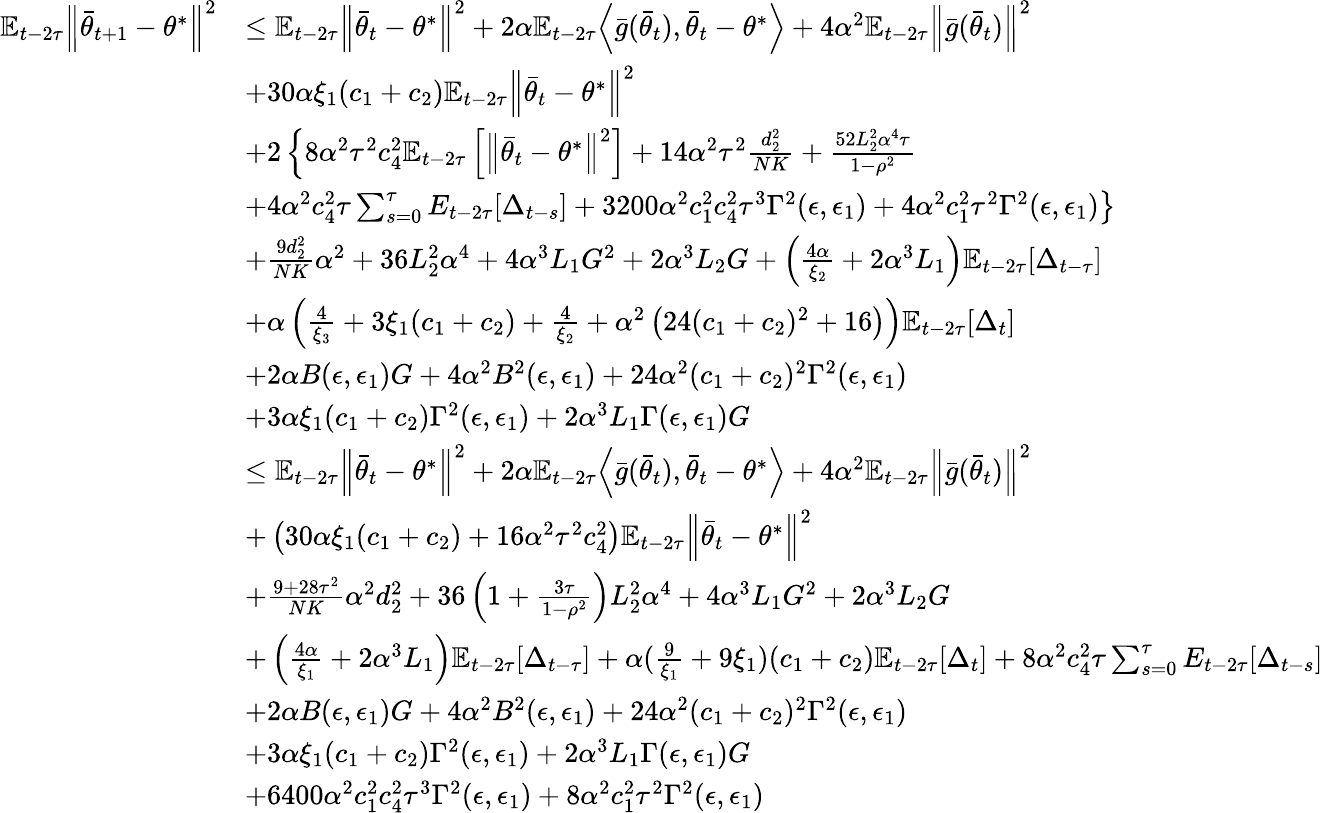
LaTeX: \begin{array}{rl}{\mathbb{E}_{t-2\tau}\Big\lVert\bar{\theta}_{t+1}-\theta^{*}\Big\rVert^{2}}&{\le\mathbb{E}_{t-2\tau}\Big\lVert\bar{\theta}_{t}-\theta^{*}\Big\rVert^{2}+2\alpha\mathbb{E}_{t-2\tau}\Big\langle\bar{g}(\bar{\theta}_{t}),\bar{\theta}_{t}-\theta^{*}\Big\rangle+4\alpha^{2}\mathbb{E}_{t-2\tau}\Big\lVert\bar{g}(\bar{\theta}_{t})\Big\rVert^{2}}\\ &{+30\alpha\xi_{1}(c_{1}+c_{2})\mathbb{E}_{t-2\tau}\Big\lVert\bar{\theta}_{t}-\theta^{*}\Big\rVert^{2}}\\ &{+2\left\{ 8\alpha^{2}\tau^{2}c_{4}^{2}\mathbb{E}_{t-2\tau}\left[\left\| \bar{\theta}_{t}-\theta^{*}\right\| ^{2}\right]+14\alpha^{2}\tau^{2}\frac{d_{2}^{2}}{NK}+\frac{52L_{2}^{2}\alpha^{4}\tau}{1-\rho^{2}}\right.}\\ &{\left.+4\alpha^{2}c_{4}^{2}\tau\sum_{s=0}^{\tau}E_{t-2\tau}[\Delta_{t-s}]+3200\alpha^{2}c_{1}^{2}c_{4}^{2}\tau^{3}\Gamma^{2}(\epsilon,\epsilon_{1})+4\alpha^{2}c_{1}^{2}\tau^{2}\Gamma^{2}(\epsilon,\epsilon_{1})\right\} }\\ &{+\frac{9d_{2}^{2}}{NK}\alpha^{2}+36L_{2}^{2}\alpha^{4}+4\alpha^{3}L_{1}G^{2}+2\alpha^{3}L_{2}G+\left(\frac{4\alpha}{\xi_{2}}+2\alpha^{3}L_{1}\right)\mathbb{E}_{t-2\tau}[\Delta_{t-\tau}]}\\ &{+\alpha\left(\frac{4}{\xi_{3}}+3\xi_{1}(c_{1}+c_{2})+\frac{4}{\xi_{2}}+\alpha^{2}\left(24(c_{1}+c_{2})^{2}+16\right)\right)\mathbb{E}_{t-2\tau}[\Delta_{t}]}\\ &{+2\alpha B(\epsilon,\epsilon_{1})G+4\alpha^{2}B^{2}(\epsilon,\epsilon_{1})+24\alpha^{2}(c_{1}+c_{2})^{2}\Gamma^{2}(\epsilon,\epsilon_{1})}\\ &{+3\alpha\xi_{1}(c_{1}+c_{2})\Gamma^{2}(\epsilon,\epsilon_{1})+2\alpha^{3}L_{1}\Gamma(\epsilon,\epsilon_{1})G}\\ &{\le\mathbb{E}_{t-2\tau}\Big\lVert\bar{\theta}_{t}-\theta^{*}\Big\rVert^{2}+2\alpha\mathbb{E}_{t-2\tau}\Big\langle\bar{g}(\bar{\theta}_{t}),\bar{\theta}_{t}-\theta^{*}\Big\rangle+4\alpha^{2}\mathbb{E}_{t-2\tau}\Big\lVert\bar{g}(\bar{\theta}_{t})\Big\rVert^{2}}\\ &{+\left(30\alpha\xi_{1}(c_{1}+c_{2})+16\alpha^{2}\tau^{2}c_{4}^{2}\right)\mathbb{E}_{t-2\tau}\Big\lVert\bar{\theta}_{t}-\theta^{*}\Big\rVert^{2}}\\ &{+\frac{9+28\tau^{2}}{NK}\alpha^{2}d_{2}^{2}+36\left(1+\frac{3\tau}{1-\rho^{2}}\right)L_{2}^{2}\alpha^{4}+4\alpha^{3}L_{1}G^{2}+2\alpha^{3}L_{2}G}\\ &{+\left(\frac{4\alpha}{\xi_{1}}+2\alpha^{3}L_{1}\right)\mathbb{E}_{t-2\tau}[\Delta_{t-\tau}]+\alpha(\frac{9}{\xi_{1}}+9\xi_{1})(c_{1}+c_{2})\mathbb{E}_{t-2\tau}[\Delta_{t}]+8\alpha^{2}c_{4}^{2}\tau\sum_{s=0}^{\tau}E_{t-2\tau}[\Delta_{t-s}]}\\ &{+2\alpha B(\epsilon,\epsilon_{1})G+4\alpha^{2}B^{2}(\epsilon,\epsilon_{1})+24\alpha^{2}(c_{1}+c_{2})^{2}\Gamma^{2}(\epsilon,\epsilon_{1})}\\ &{+3\alpha\xi_{1}(c_{1}+c_{2})\Gamma^{2}(\epsilon,\epsilon_{1})+2\alpha^{3}L_{1}\Gamma(\epsilon,\epsilon_{1})G}\\ &{+6400\alpha^{2}c_{1}^{2}c_{4}^{2}\tau^{3}\Gamma^{2}(\epsilon,\epsilon_{1})+8\alpha^{2}c_{1}^{2}\tau^{2}\Gamma^{2}(\epsilon,\epsilon_{1})}\end{array}